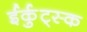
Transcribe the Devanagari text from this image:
ईर्कुट्स्क